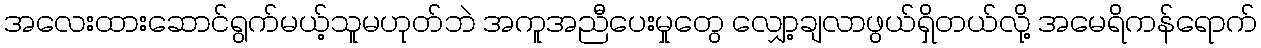
အလေးထားဆောင်ရွက်မယ့်သူမဟုတ်ဘဲ အကူအညီပေးမှုတွေ လျှော့ချလာဖွယ်ရှိတယ်လို့ အမေရိကန်ရောက်